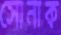
সোনাক